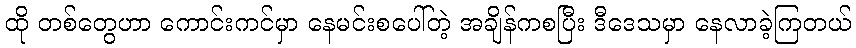
ထို တစ်တွေဟာ ကောင်းကင်မှာ နေမင်းစပေါ်တဲ့ အချိန်ကစပြီး ဒီဒေသမှာ နေလာခဲ့ကြတယ်